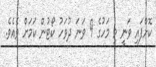
ކޮށްފައި ވަނީ މި މަހުގެ 9 ވަނަ ދުވަހު ކޯޓުން ކަމަށް ވެއެވެ.